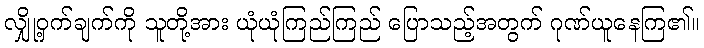
လျှို့ဝှက်ချက်ကို သူတို့အား ယုံယုံကြည်ကြည် ပြောသည့်အတွက် ဂုဏ်ယူနေကြ၏။